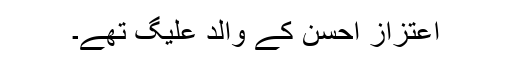
اعتزاز احسن کے والد علیگ تھے۔